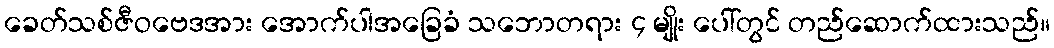
ခေတ်သစ်ဇီဝဗေဒအား အောက်ပါအခြေခံ သဘောတရား ၄ မျိုး ပေါ်တွင် တည်ဆောက်ထားသည်။